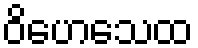
ဝိဟေသေထ